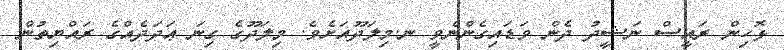
ޅޮހިން ރައީސް ނަޝީދު ދެން ވަޑައިގެންނެވީ ނ.މިލަދޫއަށެވެ. މިލަދޫގެ ގިނަ ޢަދަދެއްގެ ރައްޔިތުން